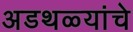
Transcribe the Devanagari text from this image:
अडथळ्यांचे